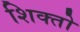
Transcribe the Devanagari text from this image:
शिक्तो